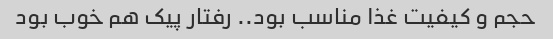
حجم و کیفیت غذا مناسب بود.. رفتار پیک هم خوب بود